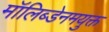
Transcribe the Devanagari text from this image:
मॉलिब्डेनमयुक्त